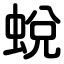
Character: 蛻